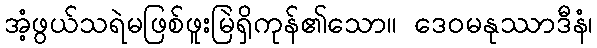
အံ့ဖွယ်သရဲမဖြစ်ဖူးမြဲရှိကုန်၏သော။ ဒေဝမနုဿာဒီနံ၊